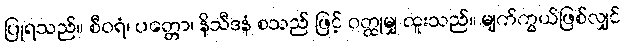
ပြုရသည်။ စီဝရံ၊ ပတ္တော၊ နိသီဒနံ စသည် ဖြင့် ဝတ္ထုမျှ ထူးသည်။ မျက်ကွယ်ဖြစ်လျှင်